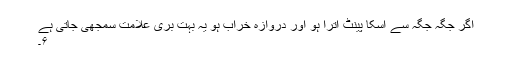
اگر جگہ جگہ سے اسکا پینٹ اترا ہو اور دروازہ خراب ہو یہ بہت بری علامت سمجھی جاتی ہے
۶۔